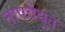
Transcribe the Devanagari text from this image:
तापवैद्युत